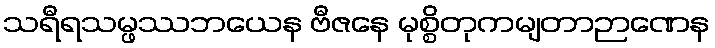
သရီရသမ္ဖဿဘယေန ဗီဇနေ မုစ္စိတုကမျတာဉာဏေန